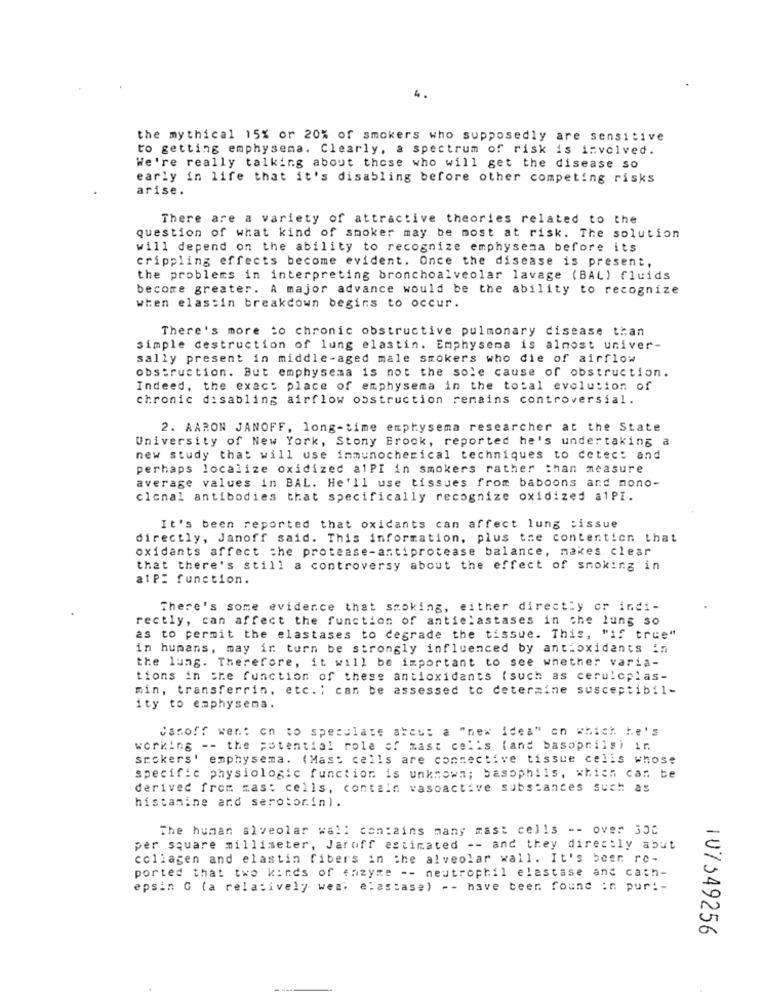
4.
the mythical 15% or 20% of smokers who supposedly are sensitive
to getting emphysema. Clearly, a spectrum of risk is involved.
We're really talking about those who will get the disease so
early in life that it's disabling before other competing risks
arise.
There are a variety of attractive theories related to the
question of what kind of smoker may be most at risk. The solution
will depend on the ability to recognize emphysema before its
crippling effects become evident. Once the disease is present,
the problems in interpreting bronchoalveolar lavage (BAL) fluids
become greater. A major advance would be the ability to recognize
when elas:in breakdown begins to occur.
There's more to chronic obstructive pulmonary disease than
simple destruction of lung elastin. Emphysema is almost univer-
sally present in middle-aged male smokers who die of airflow
obstruction. But emphysema is not the sole cause of obstruction.
Indeed, the exact place of emphysema in the total evolution of
chronic disabling airflow obstruction remains controversial.
2. AARON JANOFF, long-time emphysema researcher at the State
University of New York, Stony Brook, reported he's undertaking a
new study that will use immunocherical techniques to cetec: and
perhaps localize oxidized alPI in smokers rather than measure
average values in BAL. He'll use tissues from baboons and mono-
clonal antibodies that specifically recognize oxidized alPI.
It's been reported that oxidants can affect lung tissue
directly, Janoff said. This information, plus tre contention that
oxidants affect the protease-antiprotease balance, makes clear
that there's still a controversy about the effect of smoking in
atP= function.
There's some evidence that smoking, either directly or indi-
rectly, can affect the function of anticlastases in the lung so
es to permit the elastases to degrade the tissue. This, "if true"
in humans, may ir turn be strongly influenced by antioxidants in
the lung. Therefore, it will be important to see whether varia-
tions in the function of these antioxidants (such as ceruloplas-
min, transferrin, etc. ) can be assessed to determine susceptibil-
ity to emphysema.
Canoff went on to speculate about a "new idea" on which he's
working -- the potential role of zast colis (and basoprils) in
stokers' emphysema. (Mast cells are connective tissue cells whose
specific physiologic function is unknown; basophils, which can be
derived from mast cells, contain vasoactive substances such as
histamine and serotonin).
The human alveolar wall contains many mast cells -- over 300
per square millimeter, Jaroff estimated -- and they directly abut
collagen and elastin fibers in the alveolar wall. It's been re-
ported that two kinds of eazyme -- neutrophil elastase and cath-
epsin G (a relatively wesh elastase) -- have been found :n pur: -
IU7549256